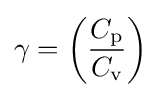
{\gamma }=\left({\frac {C_{\text{p}}}{C_{\text{v}}}}\right)